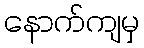
နောက်ကျမှ